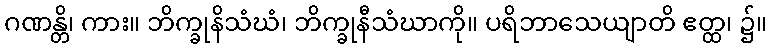
ဂဏန္တိ၊ ကား။ ဘိက္ခုနိသံဃံ၊ ဘိက္ခုနီသံဃာကို။ ပရိဘာသေယျာတိ ဧတ္ထ၊ ၌။